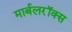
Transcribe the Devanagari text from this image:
मार्बलरॉक्स